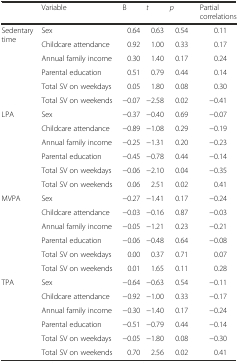
<table><thead><tr><td></td><td><b>Variable</b></td><td><b>B</b></td><td><b><i>t</i></b></td><td><b><i>p</i></b></td><td><b>Partial correlations</b></td></tr></thead><tbody><tr><td rowspan="6">Sedentary time</td><td>Sex</td><td>0.64</td><td>0.63</td><td>0.54</td><td>0.11</td></tr><tr><td>Childcare attendance</td><td>0.92</td><td>1.00</td><td>0.33</td><td>0.17</td></tr><tr><td>Annual family income</td><td>0.30</td><td>1.40</td><td>0.17</td><td>0.24</td></tr><tr><td>Parental education</td><td>0.51</td><td>0.79</td><td>0.44</td><td>0.14</td></tr><tr><td>Total SV on weekdays</td><td>0.05</td><td>1.80</td><td>0.08</td><td>0.30</td></tr><tr><td>Total SV on weekends</td><td>−0.07</td><td>−2.58</td><td>0.02</td><td>−0.41</td></tr><tr><td rowspan="6">LPA</td><td>Sex</td><td>−0.37</td><td>−0.40</td><td>0.69</td><td>−0.07</td></tr><tr><td>Childcare attendance</td><td>−0.89</td><td>−1.08</td><td>0.29</td><td>−0.19</td></tr><tr><td>Annual family income</td><td>−0.25</td><td>−1.31</td><td>0.20</td><td>−0.23</td></tr><tr><td>Parental education</td><td>−0.45</td><td>−0.78</td><td>0.44</td><td>−0.14</td></tr><tr><td>Total SV on weekdays</td><td>−0.06</td><td>−2.10</td><td>0.04</td><td>−0.35</td></tr><tr><td>Total SV on weekends</td><td>0.06</td><td>2.51</td><td>0.02</td><td>0.41</td></tr><tr><td rowspan="6">MVPA</td><td>Sex</td><td>−0.27</td><td>−1.41</td><td>0.17</td><td>−0.24</td></tr><tr><td>Childcare attendance</td><td>−0.03</td><td>−0.16</td><td>0.87</td><td>−0.03</td></tr><tr><td>Annual family income</td><td>−0.05</td><td>−1.21</td><td>0.23</td><td>−0.21</td></tr><tr><td>Parental education</td><td>−0.06</td><td>−0.48</td><td>0.64</td><td>−0.08</td></tr><tr><td>Total SV on weekdays</td><td>0.00</td><td>0.37</td><td>0.71</td><td>0.07</td></tr><tr><td>Total SV on weekends</td><td>0.01</td><td>1.65</td><td>0.11</td><td>0.28</td></tr><tr><td rowspan="6">TPA</td><td>Sex</td><td>−0.64</td><td>−0.63</td><td>0.54</td><td>−0.11</td></tr><tr><td>Childcare attendance</td><td>−0.92</td><td>−1.00</td><td>0.33</td><td>−0.17</td></tr><tr><td>Annual family income</td><td>−0.30</td><td>−1.40</td><td>0.17</td><td>−0.24</td></tr><tr><td>Parental education</td><td>−0.51</td><td>−0.79</td><td>0.44</td><td>−0.14</td></tr><tr><td>Total SV on weekdays</td><td>−0.05</td><td>−1.80</td><td>0.08</td><td>−0.30</td></tr><tr><td>Total SV on weekends</td><td>0.70</td><td>2.56</td><td>0.02</td><td>0.41</td></tr></tbody></table>